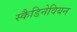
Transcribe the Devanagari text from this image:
स्कैडिनेवियन